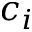
c _ { i }